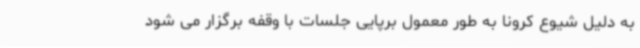
به دلیل شیوع کرونا به طور معمول برپایی جلسات با وقفه برگزار می شود